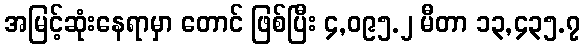
အမြင့်ဆုံးနေရာမှာ တောင် ဖြစ်ပြီး ၄,၀၉၅.၂ မီတာ ၁၃,၄၃၅.၇